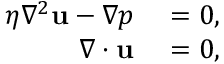
\begin{array} { r l } { \eta \nabla ^ { 2 } \mathbf { u } - \nabla p } & { { } = 0 , } \\ { \nabla \cdot \mathbf { u } } & { { } = 0 , } \end{array}